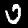
Label: 0